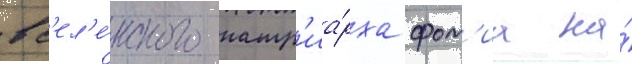
вс'ел'е́нского патр'иа́рха фот'иа на́